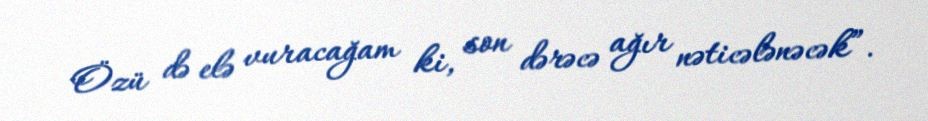
Özü də elə vuracağam ki, son dərəcə ağır nəticələnəcək”.